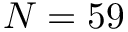
N = 5 9